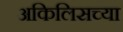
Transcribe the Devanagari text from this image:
अकिलिसच्या